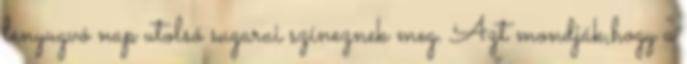
lenyugvó nap utolsó sugarai színeznek meg. Azt mondják,hogy a